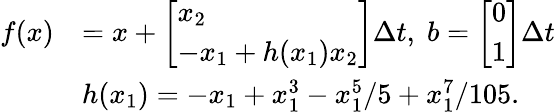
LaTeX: \begin{array}{rl}{f(x)}&{=x+\left[\begin{array}{l}{x_{2}}\\ {-x_{1}+h(x_{1})x_{2}}\end{array}\right]\Delta t,\; b=\left[\begin{array}{l}{0}\\ {1}\end{array}\right]\Delta t}\\ &{h(x_{1})=-x_{1}+x_{1}^{3}-x_{1}^{5}/5+x_{1}^{7}/105.}\end{array}